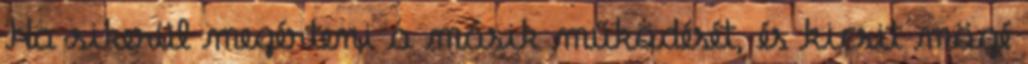
Ha sikerül megérteni a másik működését, és kicsit mögé